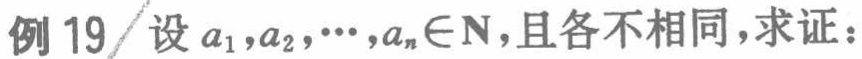
例 19 设 \(a_{1},a_{2},\cdots,a_{n}\in\mathrm{N}\)，且各不相同，求证：